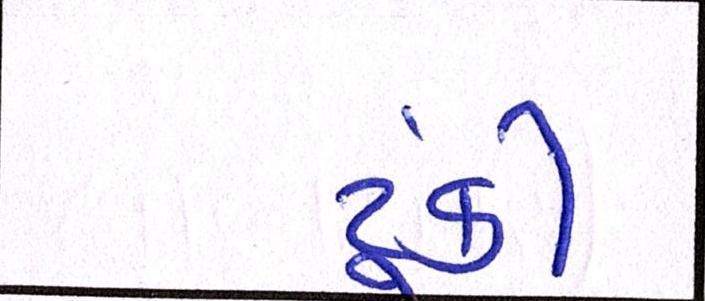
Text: ટૂંકી